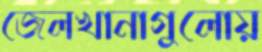
জেলখানাগুলোয়